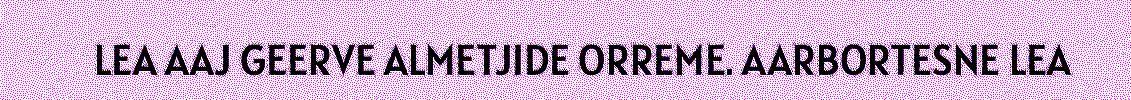
LEA AAJ GEERVE ALMETJIDE ORREME. AARBORTESNE LEA